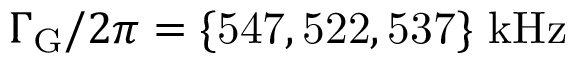
\Gamma _ { \mathrm { G } } / 2 \pi = \mathrm { \{ 5 4 7 , 5 2 2 , 5 3 7 \} \, \, k H z }